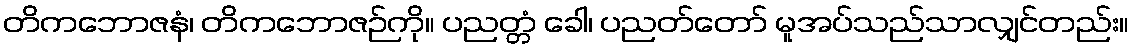
တိကဘောဇနံ၊ တိကဘောဇဉ်ကို။ ပညတ္တံ ခေါ၊ ပညတ်တော် မူအပ်သည်သာလျှင်တည်း။